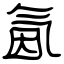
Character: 氤